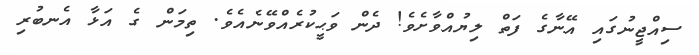
ސިއްޖީނުގައި އޭނާގެ ފަތް ލިޔުއްވާށެވެ! ދެން ވަޙީކުރެއްވޭނެއެވެ. ތިމަން ގެ އަޅާ އެނބުރި